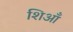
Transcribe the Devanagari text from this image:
शिआँ